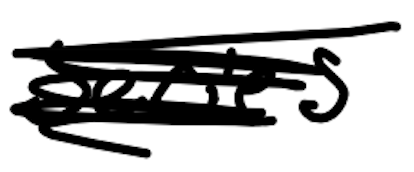
Text: series
Cross-out: scratch
Writing tool: digital_black